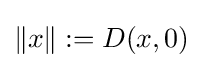
\|x\|:=D(x,0)